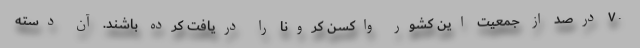
۷۰ درصد از جمعیت این کشور واکسن کرونا را دریافت کرده باشند. آن دسته